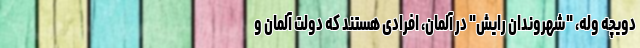
دویچه وله، "شهروندان رایش" در آلمان، افرادی هستند که دولت آلمان و